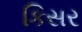
કિસર